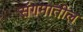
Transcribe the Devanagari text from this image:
संगमातील